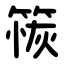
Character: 䈐